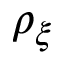
\rho _ { \xi }